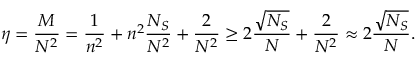
\eta = \frac { M } { N ^ { 2 } } = \frac { 1 } { n ^ { 2 } } + n ^ { 2 } \frac { N _ { S } } { N ^ { 2 } } + \frac { 2 } { N ^ { 2 } } \geq 2 \frac { \sqrt { N _ { S } } } { N } + \frac { 2 } { N ^ { 2 } } \approx 2 \frac { \sqrt { N _ { S } } } { N } .